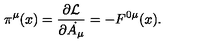
\pi ^ { \mu } ( x ) = \frac { \partial { \cal { L } } } { \partial \dot { A _ { \mu } } } = - F ^ { 0 \mu } ( x ) .